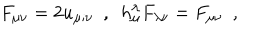
LaTeX: F _ { \mu \nu } = 2 u _ { \mu ; \nu } ~ ~ , ~ ~ h _ { \mu } ^ { \lambda } F _ { \lambda \nu } = F _ { \mu \nu } ~ ~ ,